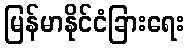
မြန်မာနိုင်ငံခြားရေး